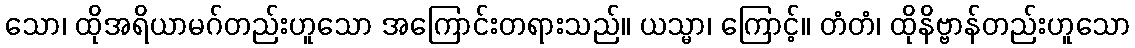
သော၊ ထိုအရိယာမဂ်တည်းဟူသော အကြောင်းတရားသည်။ ယသ္မာ၊ ကြောင့်။ တံတံ၊ ထိုနိဗ္ဗာန်တည်းဟူသော